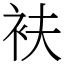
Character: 衭